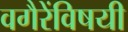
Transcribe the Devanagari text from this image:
वगैरेंविषयी